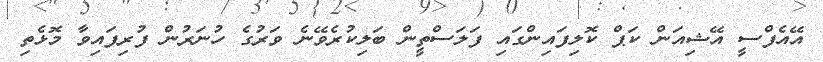
އޭއެފްސީ އޭޝިއަން ކަޕް ކޮލިފައިންގައި ފަލަސްތީން ބަލިކުރެވޭނެ ވަރުގެ ހުނަރުން ފުރިފައިވާ މޮޅެތި